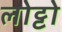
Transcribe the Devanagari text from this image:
लोट्टो